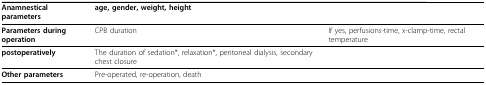
<table><thead><tr><td><b>Anamnestical parameters</b></td><td><b>age, gender, weight, height</b></td><td></td></tr></thead><tbody><tr><td><b>Parameters during operation</b></td><td>CPB duration</td><td>If yes, perfusions-time, x-clamp-time, rectal temperature</td></tr><tr><td><b>postoperatively</b></td><td>The duration of sedation*, relaxation*, peritoneal dialysis, secondary chest closure</td><td></td></tr><tr><td><b>Other parameters</b></td><td>Pre-operated, re-operation, death</td><td></td></tr></tbody></table>